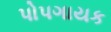
પોપગાયક